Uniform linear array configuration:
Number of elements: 32
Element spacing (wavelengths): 0.25
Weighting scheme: kaiser
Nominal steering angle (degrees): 45
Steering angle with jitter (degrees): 44.1
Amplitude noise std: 0.05
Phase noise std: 0.05

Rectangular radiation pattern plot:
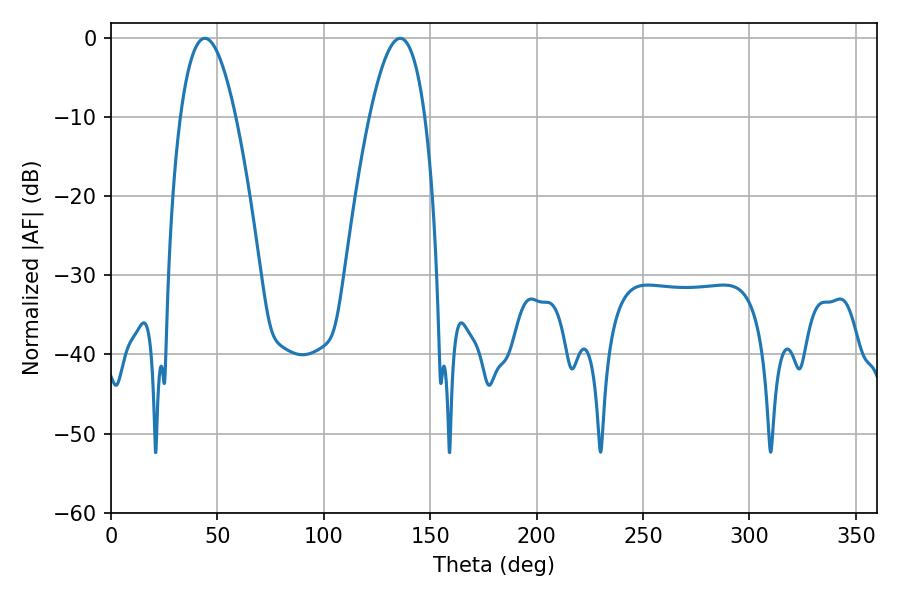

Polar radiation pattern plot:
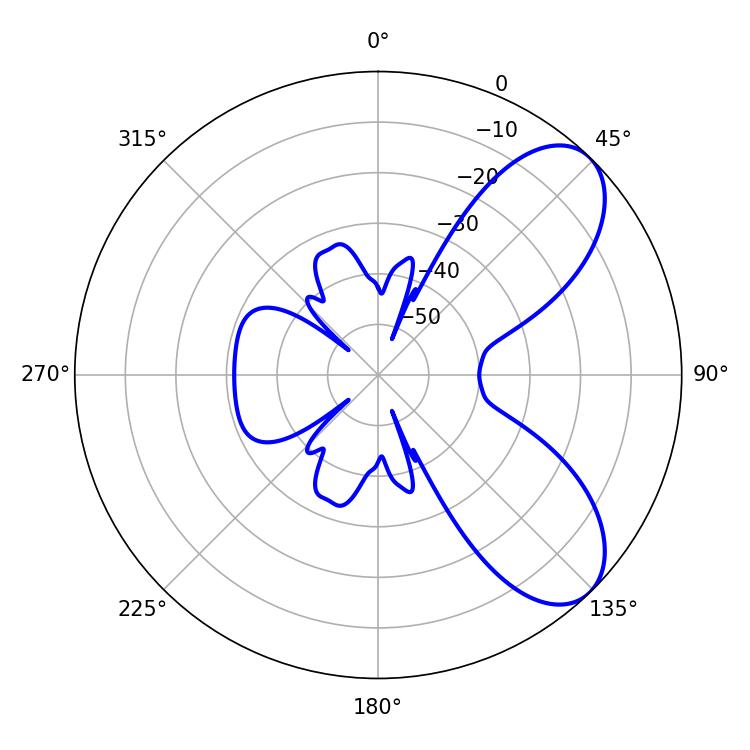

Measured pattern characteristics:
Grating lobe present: FALSE
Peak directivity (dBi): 7.26
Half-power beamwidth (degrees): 14.22
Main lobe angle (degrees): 44.1